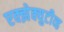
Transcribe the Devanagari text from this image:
एक्झेक्युटीव्ह